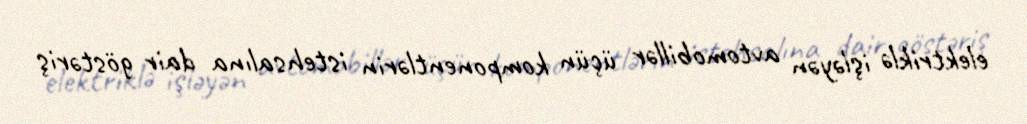
elektriklə işləyən avtomobillər üçün komponentlərin istehsalına dair göstəriş